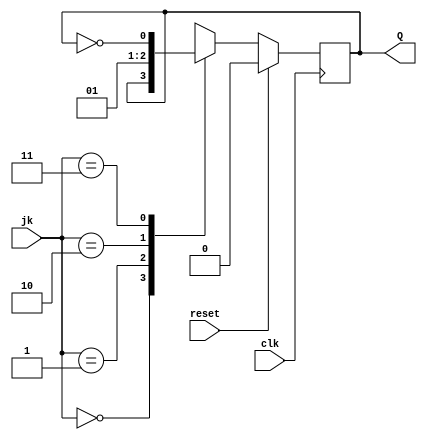
`timescale 1ns / 1ps
//////////////////////////////////////////////////////////////////////////////////
// Company: 
// Engineer: 
// 
// Design Name: 
// Module Name: jkflipflop
// Project Name: 
// Target Devices: 
// Tool Versions: 
// Description: 
// 
// Dependencies: 
// 
// Revision:
// Revision 0.01 - File Created
// Additional Comments:
// 
//////////////////////////////////////////////////////////////////////////////////


module jkflipflop( 
input clk, reset,
input [1:0] jk, 
output reg Q );
always @ (negedge clk)
if(reset) Q<=1'b0;
else case (jk)
2'b00: Q<=Q;
2'b01: Q<=1'b0;
2'b10: Q<=1'b1;
2'b11: Q<=~Q;
default: Q<=1'bZ;
endcase
endmodule